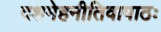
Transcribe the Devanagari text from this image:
दशमेहनीतिवापाठः